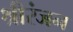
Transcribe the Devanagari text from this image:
श्रीरंजन